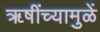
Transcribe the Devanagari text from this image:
ॠषींच्यामुळें